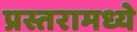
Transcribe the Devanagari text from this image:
प्रस्तरामध्ये